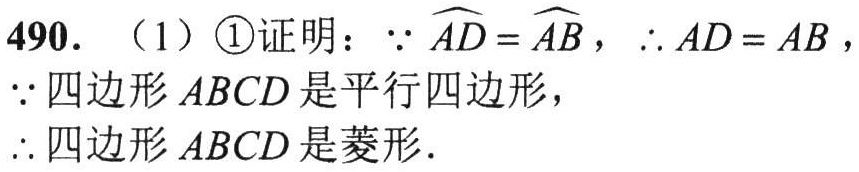
490. （1）\textcircled{1}证明：$\because\overset{\frown}{AD}=\overset{\frown}{AB}$，$\therefore AD = AB$，
$\because$四边形$ABCD$是平行四边形，
$\therefore$四边形$ABCD$是菱形．